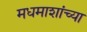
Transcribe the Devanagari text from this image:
मधमाशांच्या